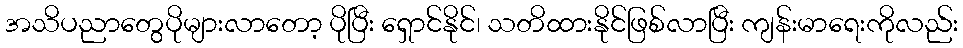
အသိပညာတွေပိုများလာတော့ ပိုပြီး ရှောင်နိုင်၊ သတိထားနိုင်ဖြစ်လာပြီး ကျန်းမာရေးကိုလည်း